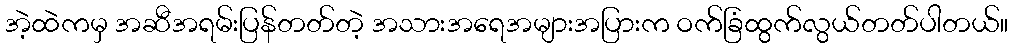
အဲ့ထဲကမှ အဆီအရမ်းပြန်တတ်တဲ့ အသားအရေအများအပြားက ဝက်ခြံထွက်လွယ်တတ်ပါတယ်။